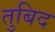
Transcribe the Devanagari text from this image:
तुबिद